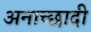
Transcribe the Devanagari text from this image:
अनाच्छादी